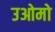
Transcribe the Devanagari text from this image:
उओमो